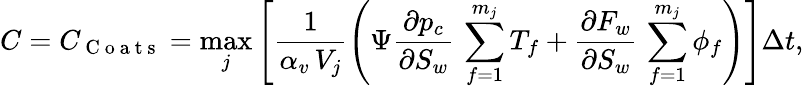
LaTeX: C=C_{\mathrm{~C~o~a~t~s~}}=\operatorname*{max}_{j}\left[\frac{1}{\alpha_{v}\, V_{j}}\left(\Psi\frac{\partial p_{c}}{\partial S_{w}}\, \sum_{f=1}^{m_{j}}T_{f}+\frac{\partial F_{w}}{\partial S_{w}}\, \sum_{f=1}^{m_{j}}\phi_{f}\right)\right]\Delta t,